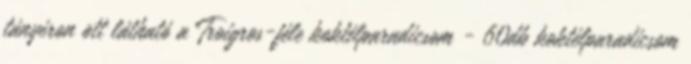
tányéron ott látható a Troigros-féle koktélparadicsom - 60db koktélparadicsom